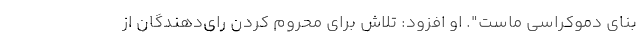
بنای دموکراسی ماست". او افزود: تلاش برای محروم کردن رای‌دهندگان از